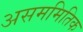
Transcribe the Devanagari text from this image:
असममितिक